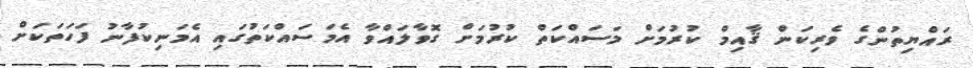
ރައްޔިތުންގެ ވެރިކަން ޤާއިމް ކުރުމަށް މަސައްކަތް ކުރުމަށް ގޮވާލައްވާ އެމަސައްކަތުގައި އެމަނިކުފާނު ފަހަތަކަށް